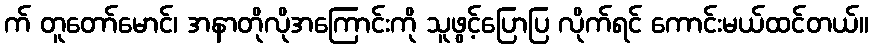
က် တူတော်မောင်၊ အနာတိုလိုအကြောင်းကို သူဖွင့်ပြောပြ လိုက်ရင် ကောင်းမယ်ထင်တယ်။